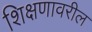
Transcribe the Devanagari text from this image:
शिक्षणावरील